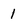
Character: 1